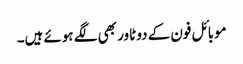
موبائل فون کے دو ٹاور بھی لگے ہوئے ہیں۔